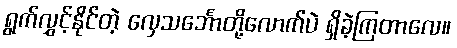
ရွက်လွှင့်နိုင်တဲ့ လှေသင်္ဘောတို့လောက်ပဲ ရှိခဲ့ကြတာလေ။